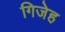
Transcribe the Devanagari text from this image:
गिजेह